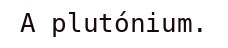
A plutónium.